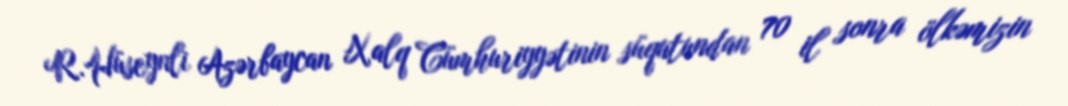
R.Hüseynli Azərbaycan Xalq Cümhuriyyətinin süqutundan 70 il sonra ölkəmizin